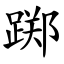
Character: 踯